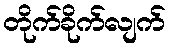
တိုက်ခိုက်လျက်